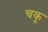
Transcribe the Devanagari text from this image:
चकू